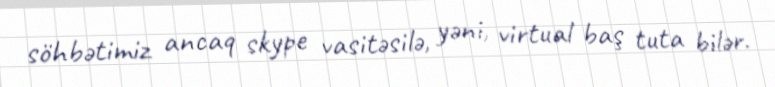
söhbətimiz ancaq skype vasitəsilə, yəni, virtual baş tuta bilər.